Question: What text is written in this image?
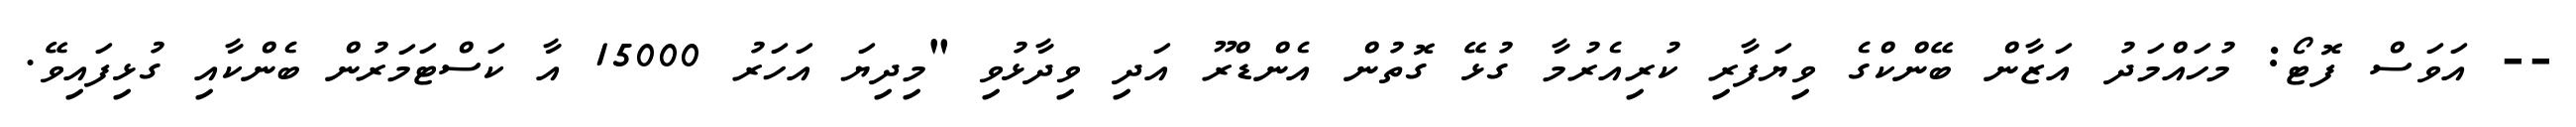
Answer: -- އަވަސް ފޮޓޯ: މުހައްމަދު އަޒާން ބޭންކްގެ ވިޔަފާރި ކުރިއެރުމާ ގުޅޭ ގޮތުން އެންޑްރޫ އަދި ވިދާޅުވި "މިދިޔަ އަހަރު 15000 އާ ކަސްޓަމަރުން ބެންކާއި ގުޅިފައިވޭ.